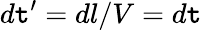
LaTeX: d\mathtt{t}^{\prime}=dl/V=d\mathtt{t}